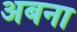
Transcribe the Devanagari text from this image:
अबना